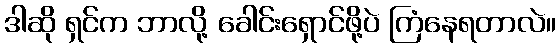
ဒါဆို ရှင်က ဘာလို့ ခေါင်းရှောင်ဖို့ပဲ ကြံနေရတာလဲ။